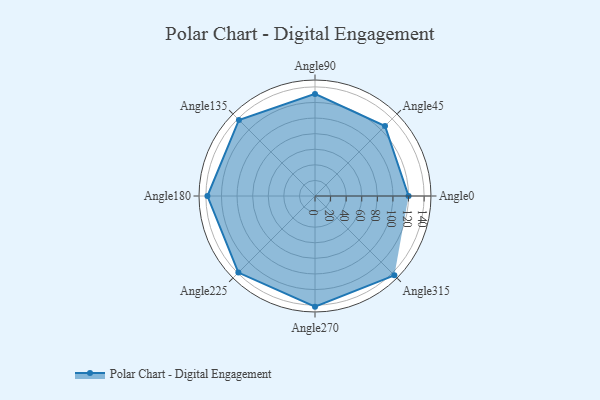
{"axis": {"x": "Angle", "y": "Radius"}, "legend": [""], "data": [{"x": "Angle0", "y": 120.0, "type": ""}, {"x": "Angle45", "y": 127.0, "type": ""}, {"x": "Angle90", "y": 131.0, "type": ""}, {"x": "Angle135", "y": 138.0, "type": ""}, {"x": "Angle180", "y": 138.0, "type": ""}, {"x": "Angle225", "y": 139.0, "type": ""}, {"x": "Angle270", "y": 142.0, "type": ""}, {"x": "Angle315", "y": 144.0, "type": ""}]}